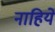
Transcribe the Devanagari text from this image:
नाहिये